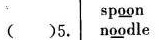
() 5.sp＼underline{oo}n |n＼underline{oo}dle